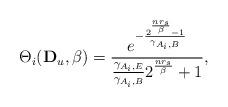
LaTeX: \begin{align*}\Theta_{i}(\mathbf D_u,\beta)=\frac{e^{-\frac{2^{\frac{nr_s}{\beta}}-1 }{\gamma_{A_i,B}}}}{\frac{\gamma_{A_i,E}}{\gamma_{A_i,B}}2^{\frac{nr_s}{\beta }}+1},\end{align*}